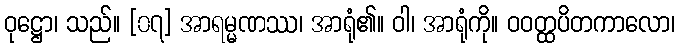
ဝုဋ္ဌော၊ သည်။ [၀၇] အာရမ္မဏဿ၊ အာရုံ၏။ ဝါ၊ အာရုံကို။ ဝဝတ္ထပိတကာလော၊